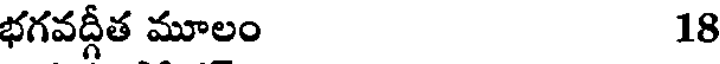
భగవద్గీత మూలం 18